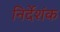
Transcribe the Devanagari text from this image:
निर्देशंक